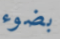
بضوء